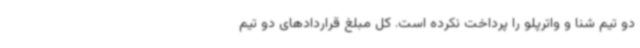
دو تیم شنا و واترپلو را پرداخت نکرده است. کل مبلغ قراردادهای دو تیم